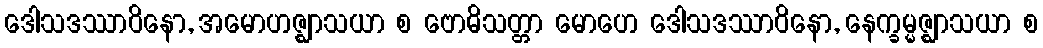
ဒေါသဒဿာဝိနော, အမောဟဇ္ဈာသယာ စ ဗောဓိသတ္တာ မောဟေ ဒေါသဒဿာဝိနော, နေက္ခမ္မဇ္ဈာသယာ စ